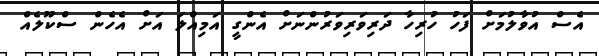
އެސް އުވާލުމަށް ފަހު ހުރިހާ ދަރިވަރިވަރުންނަށް އެންގީ އަމިއްލަ އަށް އެހެން ސްކޫލެއް